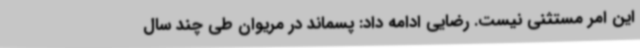
این امر مستثنی نیست. رضایی ادامه داد: پسماند در مریوان طی چند سال